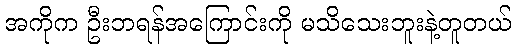
အကိုက ဦးဘရန်အကြောင်းကို မသိသေးဘူးနဲ့တူတယ်